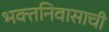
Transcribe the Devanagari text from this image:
भक्तनिवासाची